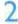
2